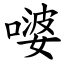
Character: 嘙